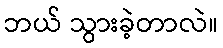
ဘယ် သွားခဲ့တာလဲ။